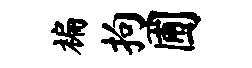
褊拘圃